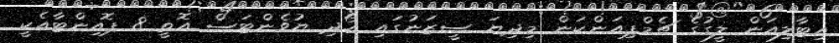
އިޓާލިއަން ލީގުގެ ޗެމްޕިއަންކަން މިދިޔަ ސީޒަނުގައި ހޯދި ޔުވެންޓަސް އޮތީ 8 ޕޮއިންޓާއެކީ